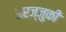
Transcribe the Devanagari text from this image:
अरज्जुकी